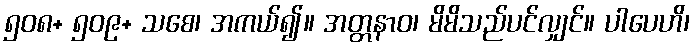
၅၀၈+ ၅၀၉+ သစေ၊ အကယ်၍။ အတ္တနာဝ၊ မိမိသည်ပင်လျှင်။ ပါပေဟိ၊